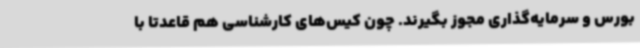
بورس و سرمایه‌گذاری مجوز بگیرند. چون کیس‌های کارشناسی هم قاعدتاً با